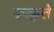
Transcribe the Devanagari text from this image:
उपकुले